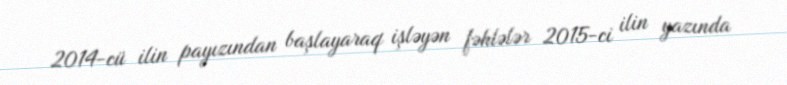
2014-cü ilin payızından başlayaraq işləyən fəhlələr 2015-ci ilin yazında